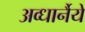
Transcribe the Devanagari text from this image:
अव्धार्नैयें